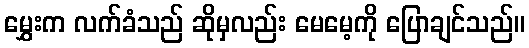
မွှေးက လက်ခံသည် ဆိုမှလည်း မေမေ့ကို ပြောချင်သည်။